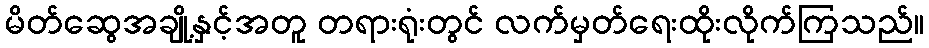
မိတ်ဆွေအချို့နှင့်အတူ တရားရုံးတွင် လက်မှတ်ရေးထိုးလိုက်ကြသည်။